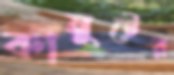
কানুটের